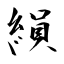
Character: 縜